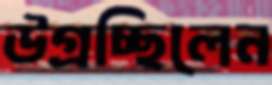
উগ্‌রচ্ছিলেন